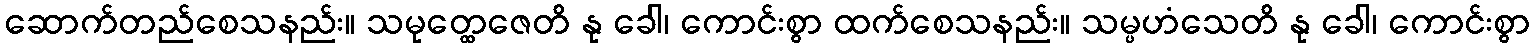
ဆောက်တည်စေသနည်း။ သမုတ္ထေဇေတိ နု ခေါ၊ ကောင်းစွာ ထက်စေသနည်း။ သမ္ပဟံသေတိ နု ခေါ၊ ကောင်းစွာ